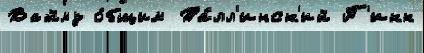
Вайму о́бщим Та́лл'инск'ий П'икк